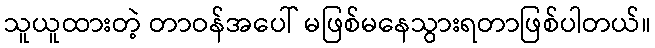
သူယူထားတဲ့ တာဝန်အပေါ် မဖြစ်မနေသွားရတာဖြစ်ပါတယ်။